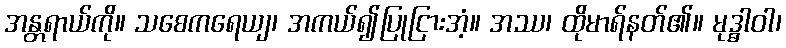
အန္တရာယ်ကို။ သစေကရေယျ၊ အကယ်၍ပြုငြားအံ့။ အဿ၊ ထိုမာရ်နတ်၏။ မုဒ္ဓါဝါ၊